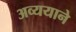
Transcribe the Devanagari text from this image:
अव्ययाने